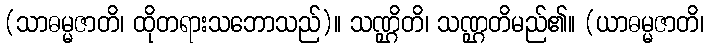
(သာဓမ္မဇာတိ၊ ထိုတရားသဘောသည်)။ သဏ္ဌိတိ၊ သဏ္ဌတိမည်၏။ (ယာဓမ္မဇာတိ၊